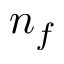
n _ { f }